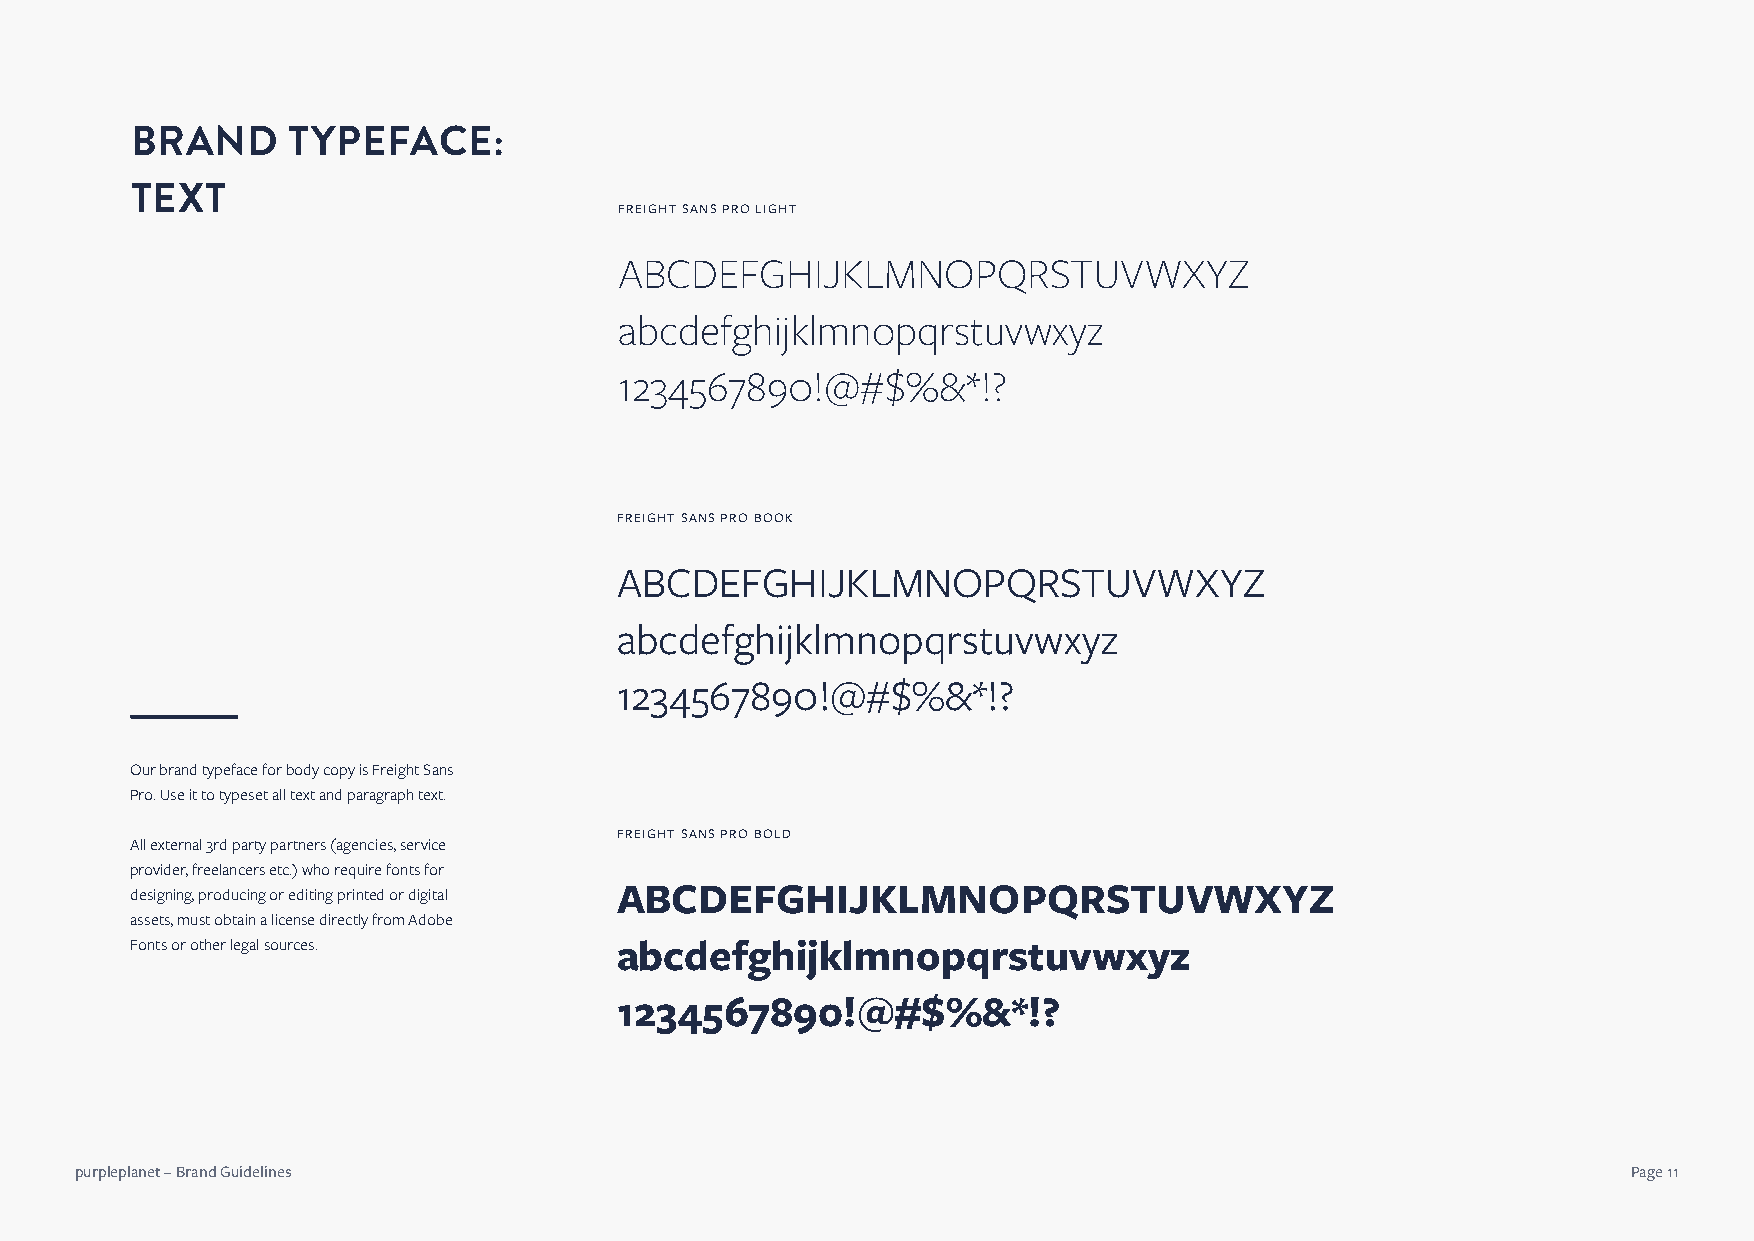
BRAND     TYPEFACE:
 TEXT
 FREIGHT SANS PRO LIGHT
 ABCDEFGHIJKLMNOPQRSTUVWXYZ
 abcdefghijklmnopqrstuvwxyz
 1234567890!@#$%&*!?
 FREIGHT SANS PRO BOOK
 ABCDEFGHIJKLMNOPQRSTUVWXYZ
 abcdefghijklmnopqrstuvwxyz
 1234567890!@#$%&*!?
 Our brand typeface for body copy is Freight Sans
 Pro. Use it to typeset all text and paragraph text.
 FREIGHT SANS PRO BOLD
 All external 3rd party partners (agencies, service
 provider, freelancers etc.) who require fonts for
 designing, producing or editing printed or digital ABCDEFGHIJKLMNOPQRSTUVWXYZ
 assets, must obtain a license directly from Adobe
 Fonts or other legal sources.   abcdefghijklmnopqrstuvwxyz
 1234567890!@#$%&*!?
 purpleplanet – Brand Guidelines                                                                        Page 11